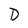
Character: D